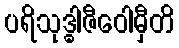
ပရိသုဒ္ဓါဇီဝေါမှီတိ